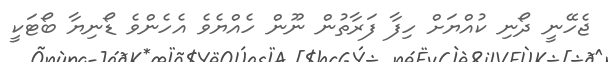
ޖެހޭނީ ދޯނި ކުއްޔަށް ހިފާ ފަރާތުން ނޫން ހެއްޔެވެ އެހެންވެ ޑޯނިޔާ ބޯޓަކީ